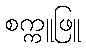
စက္ကူဖြူ